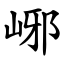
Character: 峫